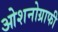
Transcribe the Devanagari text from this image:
ओशनोग्राफी